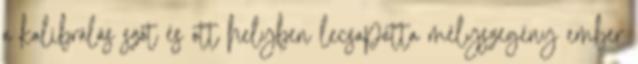
a kalibrálás szót és ott helyben lecsapatta mélyszegény ember